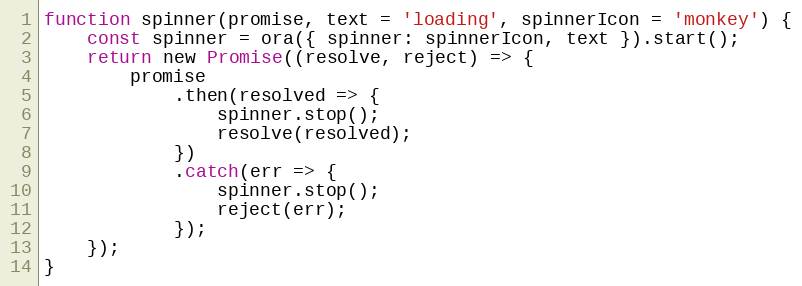
Language: JavaScript
function spinner(promise, text = 'loading', spinnerIcon = 'monkey') {
    const spinner = ora({ spinner: spinnerIcon, text }).start();
    return new Promise((resolve, reject) => {
        promise
            .then(resolved => {
                spinner.stop();
                resolve(resolved);
            })
            .catch(err => {
                spinner.stop();
                reject(err);
            });
    });
}